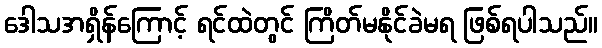
ဒေါသအရှိန်ကြောင့် ရင်ထဲတွင် ကြိတ်မနိုင်ခဲမရ ဖြစ်ရပါသည်။